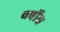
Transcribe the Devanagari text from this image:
वर्बोस